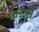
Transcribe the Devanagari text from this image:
शिफ्ट्स